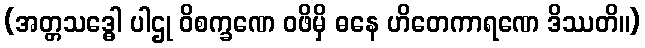
(အတ္တသဒ္ဓေါ ပါဌု ဝိစက္ခဏေ ဝဖိမှိ ဓနေ ဟိတေကာရဏေ ဒိဿတိ။)